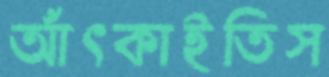
আঁৎকাইতিস